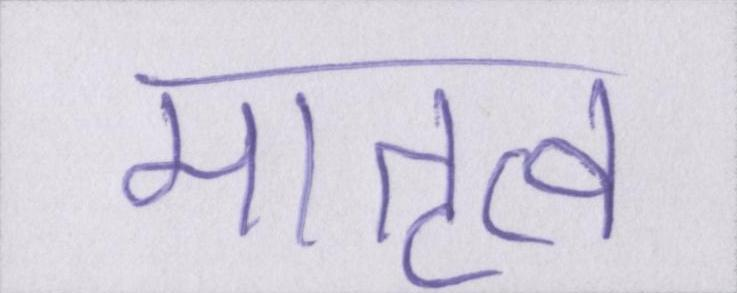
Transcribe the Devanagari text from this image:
मातृत्व